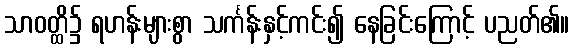
သာဝတ္ထိ၌ ရဟန်းများစွာ သင်္ကန်းနှင့်ကင်း၍ နေခြင်းကြောင့် ပညတ်၏။